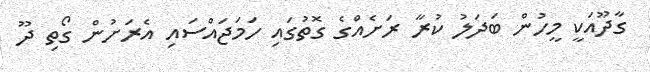
ގާދޫއަކީ މީހުން ބަދަލު ކުރާ ރަށެއްގެ ގޮތުގައި ހަމަޖައްސައި އެރަށުން ގޯތި ދޫ